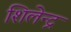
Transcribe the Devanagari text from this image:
शिलेन्द्र